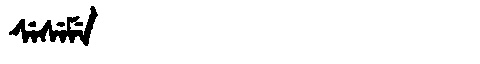
Manchu: ᠰᡝᠰᡝᠮᡝ
Romanization: SESEME